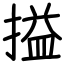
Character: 搤